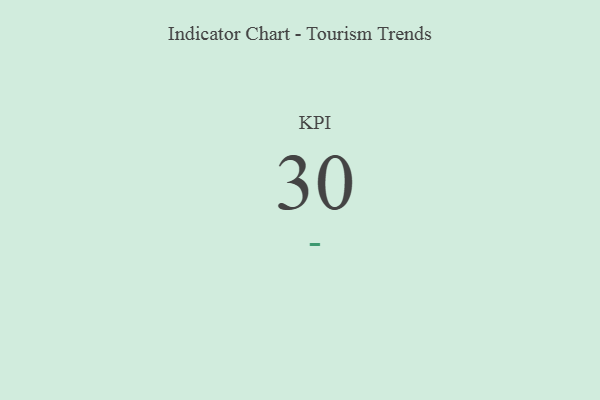
{"axis": {"x": "KPI", "y": "Value"}, "legend": [""], "data": [{"x": "KPI", "y": 30, "type": ""}]}